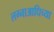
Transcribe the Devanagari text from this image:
लग्नाआधिच्या